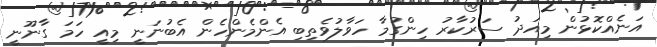
އަނެއްކޮޅުން މިއަދު ސަރުކާރު ހިންގުމާ ހަވާލުވެތިބި އެންމެންހެން އެބުނަނީ މިއީ ހަމަ ގާނޫނީ